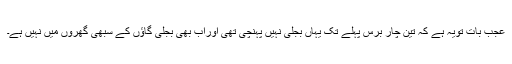
عجب بات تویہ ہے کہ تین چار برس پہلے تک یہاں بجلی نہیں پہنچی تھی اوراب بھی بجلی گاؤں کے سبھی گھروں میں نہیں ہے۔